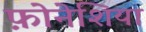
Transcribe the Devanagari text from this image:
फ़ोनेशिया